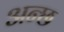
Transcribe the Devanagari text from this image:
अन्छ